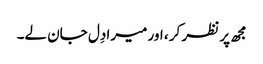
مجھ پر نظر کر ، اور میرا دِل جان لے۔